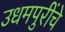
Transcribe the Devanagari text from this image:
उधमपुरींचे